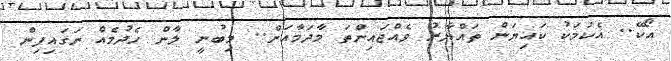
އޯކޭ.. އެކަމަކު ކައިޔަން ތައްޔާރު ވެއްޖައިންތަ މާދަމާއަށް.. މިބުނީ ލާން ހެދުމެއް ނަގައިފިން